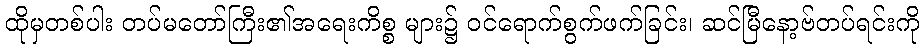
ထိုမှတစ်ပါး တပ်မတော်ကြီး၏အရေးကိစ္စ များ၌ ဝင်ရောက်စွက်ဖက်ခြင်း၊ ဆင်မြီနော့ဗ်တပ်ရင်းကို